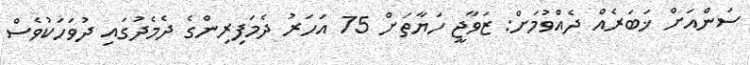
ސަންއަށް ޚަބަރެއް ދެއްވުމަށް: ޒަވާޖީ ހަޔާތަށް 75 އަހަރު ދެމަފިރިންގެ ދެމެދުގައި ދުވަހަކުވެސް